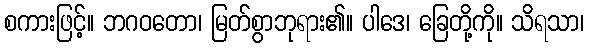
စကားဖြင့်။ ဘဂဝတော၊ မြတ်စွာဘုရား၏။ ပါဒေ၊ ခြေတို့ကို။ သိရသာ၊